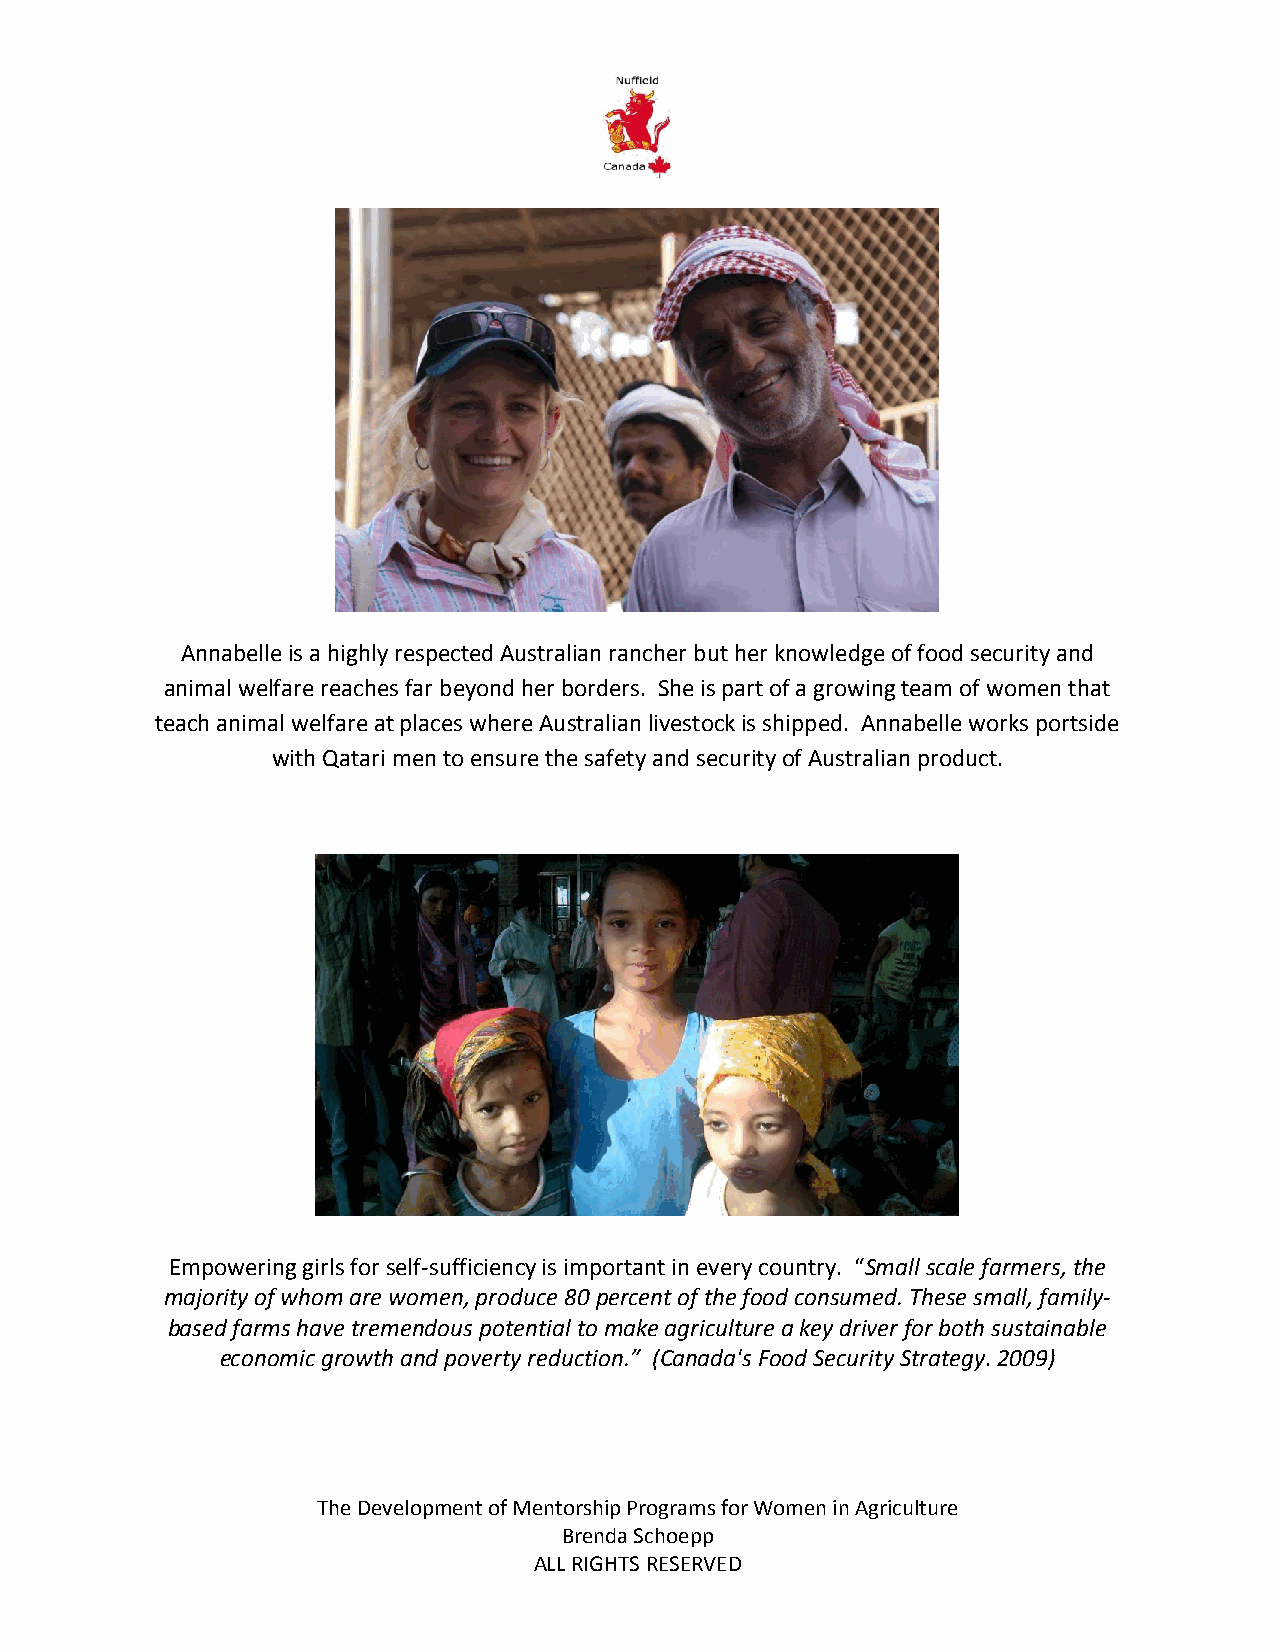
Annabelle is a highly respected Australian rancher but her knowledge of food security and
 animal welfare reaches far beyond her borders. She is part of a growing team of women that
 teach animal welfare at places where Australian livestock is shipped. Annabelle works portside
 with Qatari men to ensure the safety and security of Australian product.
 Empowering girls for self-sufficiency is important in every country. “Small scale farmers, the
 majority of whom are women, produce 80 percent of the food consumed. These small, family-
 based farms have tremendous potential to make agriculture a key driver for both sustainable
 economic growth and poverty reduction.” (Canada's Food Security Strategy. 2009)
 The Development of Mentorship Programs for Women in Agriculture
 Brenda Schoepp
 ALL RIGHTS RESERVED